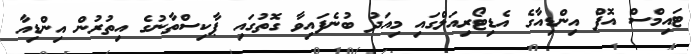
ޓައިމްސް އޮފް އިންޑިއާގެ އެޑިޓޯރިއަލްގައި މިއަދު ބުނެފައިވާ ގޮތުގައި ޕާކިސްތާނުގެ އިތުރުން އިންޑިއާ